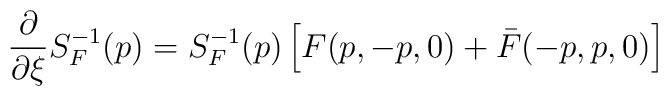
\frac{\partial}{\partial\xi}S_F^{-1}(p)=S_F^{-1}(p)\left[ F(p,-p,0)+\bar F(-p,p,0) \right]